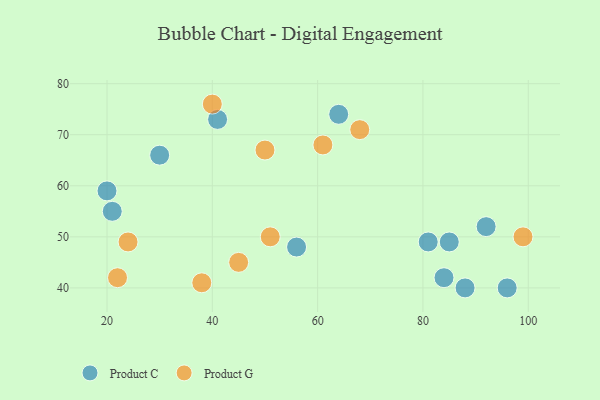
{"axis": {"x": "GDP", "y": "Life Expectancy"}, "legend": ["Product C", "Product G"], "data": [{"x": "56", "y": 48, "type": "Product C"}, {"x": "92", "y": 52, "type": "Product C"}, {"x": "96", "y": 40, "type": "Product C"}, {"x": "41", "y": 73, "type": "Product C"}, {"x": "30", "y": 66, "type": "Product C"}, {"x": "21", "y": 55, "type": "Product C"}, {"x": "84", "y": 42, "type": "Product C"}, {"x": "20", "y": 59, "type": "Product C"}, {"x": "85", "y": 49, "type": "Product C"}, {"x": "88", "y": 40, "type": "Product C"}, {"x": "64", "y": 74, "type": "Product C"}, {"x": "81", "y": 49, "type": "Product C"}, {"x": "68", "y": 71, "type": "Product G"}, {"x": "61", "y": 68, "type": "Product G"}, {"x": "51", "y": 50, "type": "Product G"}, {"x": "38", "y": 41, "type": "Product G"}, {"x": "99", "y": 50, "type": "Product G"}, {"x": "22", "y": 42, "type": "Product G"}, {"x": "50", "y": 67, "type": "Product G"}, {"x": "40", "y": 76, "type": "Product G"}, {"x": "45", "y": 45, "type": "Product G"}, {"x": "24", "y": 49, "type": "Product G"}]}